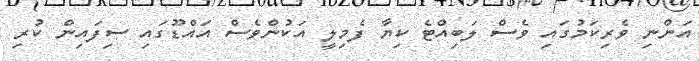
އަންނި ވެރިކަމުގައި ވެސް ލަބިއްޓެ ކިޔާ ފެމިލީ އަކުންވެސް އައްޑޫގައި ސިފައިން ކުރި